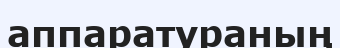
аппаратураның